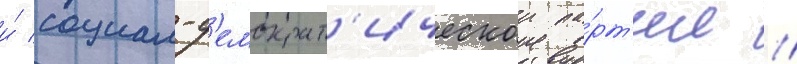
и́ социал-д'емократ'ическои па́рт'ии //